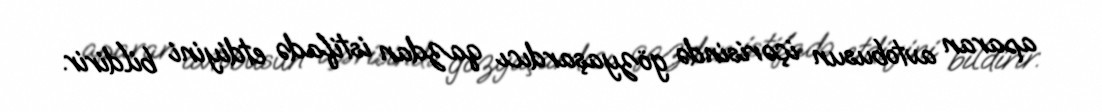
aparan avtobusun içərisində gözyaşardıcı qazdan istifadə etdiyini bildirir.